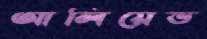
আলিয়েভ